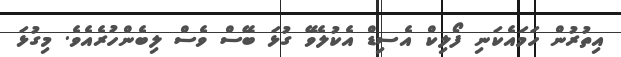
އިތުރުން ހަމައެކަނި ފޯލިކް އެސިޑް އެކުލެވޭ ގުޅަ ބޭސް ވެސް ލިބެންހުރެއެވެ. މިގުޅަ